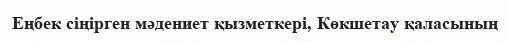
Еңбек сіңірген мәдениет қызметкері, Көкшетау қаласының